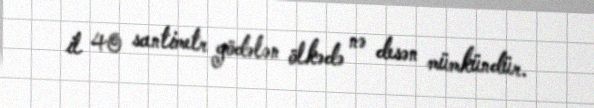
il 40 santimetr gödələn ölkədə nə desən mümkündür.